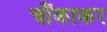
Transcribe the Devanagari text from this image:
चौंकाकर